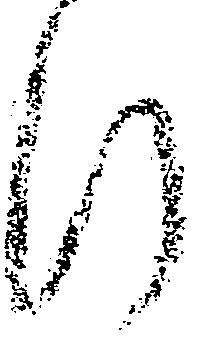
行